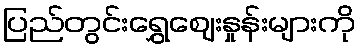
ပြည်တွင်းရွှေဈေးနှုန်းများကို